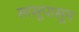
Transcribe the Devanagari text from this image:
सासूपासून